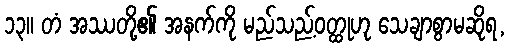
၁၃။ တံ အဿတို့၏ အနက်ကို မည်သည့်ဝတ္ထုဟု သေချာစွာမဆိုရ,